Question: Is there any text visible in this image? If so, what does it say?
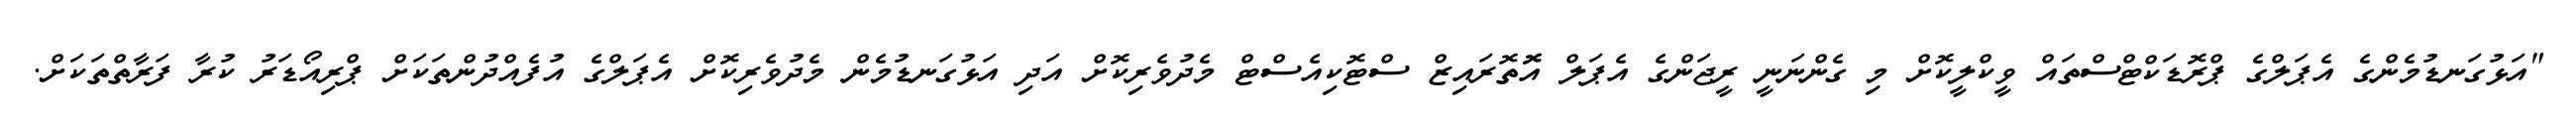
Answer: "އަޅުގަނޑުމެންގެ އެޕަލްގެ ޕްރޮޑަކްޓްސްތައް ވީކްލީކޮށް މި ގެންނަނީ ރީޖަންގެ އެޕަލް އޮޮތޮރައިޒް ސްޓޮކިއެސްޓް މެދުވެރިކޮށް އަދި އަޅުގަނޑުމެން މެދުވެރިކޮށް އެޕަލްގެ އުފެއްދުންތަކަށް ޕްރިއޯޑަރު ކުރާ ފަރާތްތަކަށް.